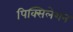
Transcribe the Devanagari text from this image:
पिक्सिलेशन